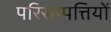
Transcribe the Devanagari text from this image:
परिसम्‍पत्तियों